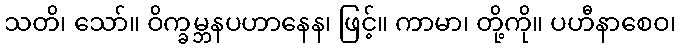
သတိ၊ သော်။ ဝိက္ခမ္ဘနပဟာနေန၊ ဖြင့်။ ကာမာ၊ တို့ကို။ ပဟီနာစေဝ၊